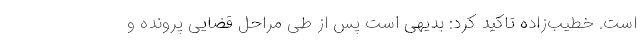
است. خطیب‌زاده تاکید کرد: بدیهی است پس از طی مراحل قضایی پرونده و